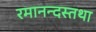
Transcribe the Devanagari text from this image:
रमानन्दस्तथा